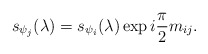
\begin{align*}s_{\psi_j}(\lambda) = s_{\psi_i}(\lambda)\exp i \frac{\pi}{2}m_{ij}.\end{align*}